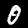
Label: 0